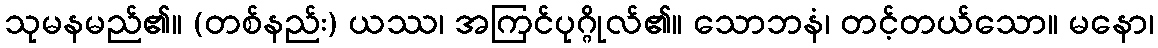
သုမနမည်၏။ (တစ်နည်း) ယဿ၊ အကြင်ပုဂ္ဂိုလ်၏။ သောဘနံ၊ တင့်တယ်သော။ မနော၊